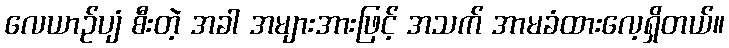
လေယာဉ်ပျံ စီးတဲ့ အခါ အများအားဖြင့် အသက် အာမခံထားလေ့ရှိတယ်။